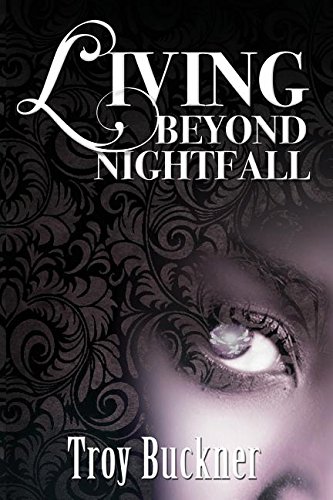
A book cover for Living Beyond Nightfall; Troy Buckner; Biographies & Memoirs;